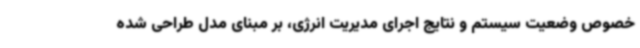
خصوص وضعیت سیستم و نتایج اجرای مدیریت انرژی، بر مبنای مدل طراحی شده